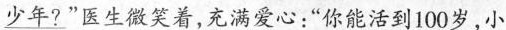
少年?”医生微笑着，充满爱心：”你能活到100岁，小